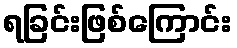
ရခြင်းဖြစ်ကြောင်း